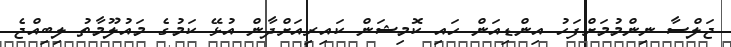
ޖަލްސާ ނިންމުމަށްފަހު އިންޑިއަން ހައި ކޮމިޝަން ކައިރިއަށްދާން އުޅޭ ކަމުގެ މައުލޫމާތު ލިބިއްޖެ